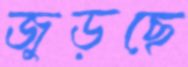
জুড়ছে